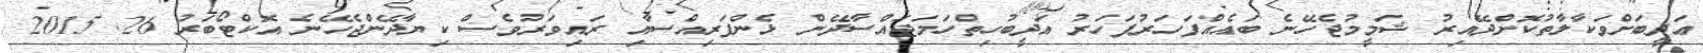
ޢަދީބަށްވަކާލާތުކޮށްދޭއިރު ޝަމީމުޖެހޭނެ ބައެއްފަހަރުފަހަރު އަދީބުހިތްހަމަޖައްސާދޭން ޅެންފަރިއްސާއި ރައިވަރުވެސް ކިޔާދޭންޖެހޭނެ އޮކްޓޯބަރު 26